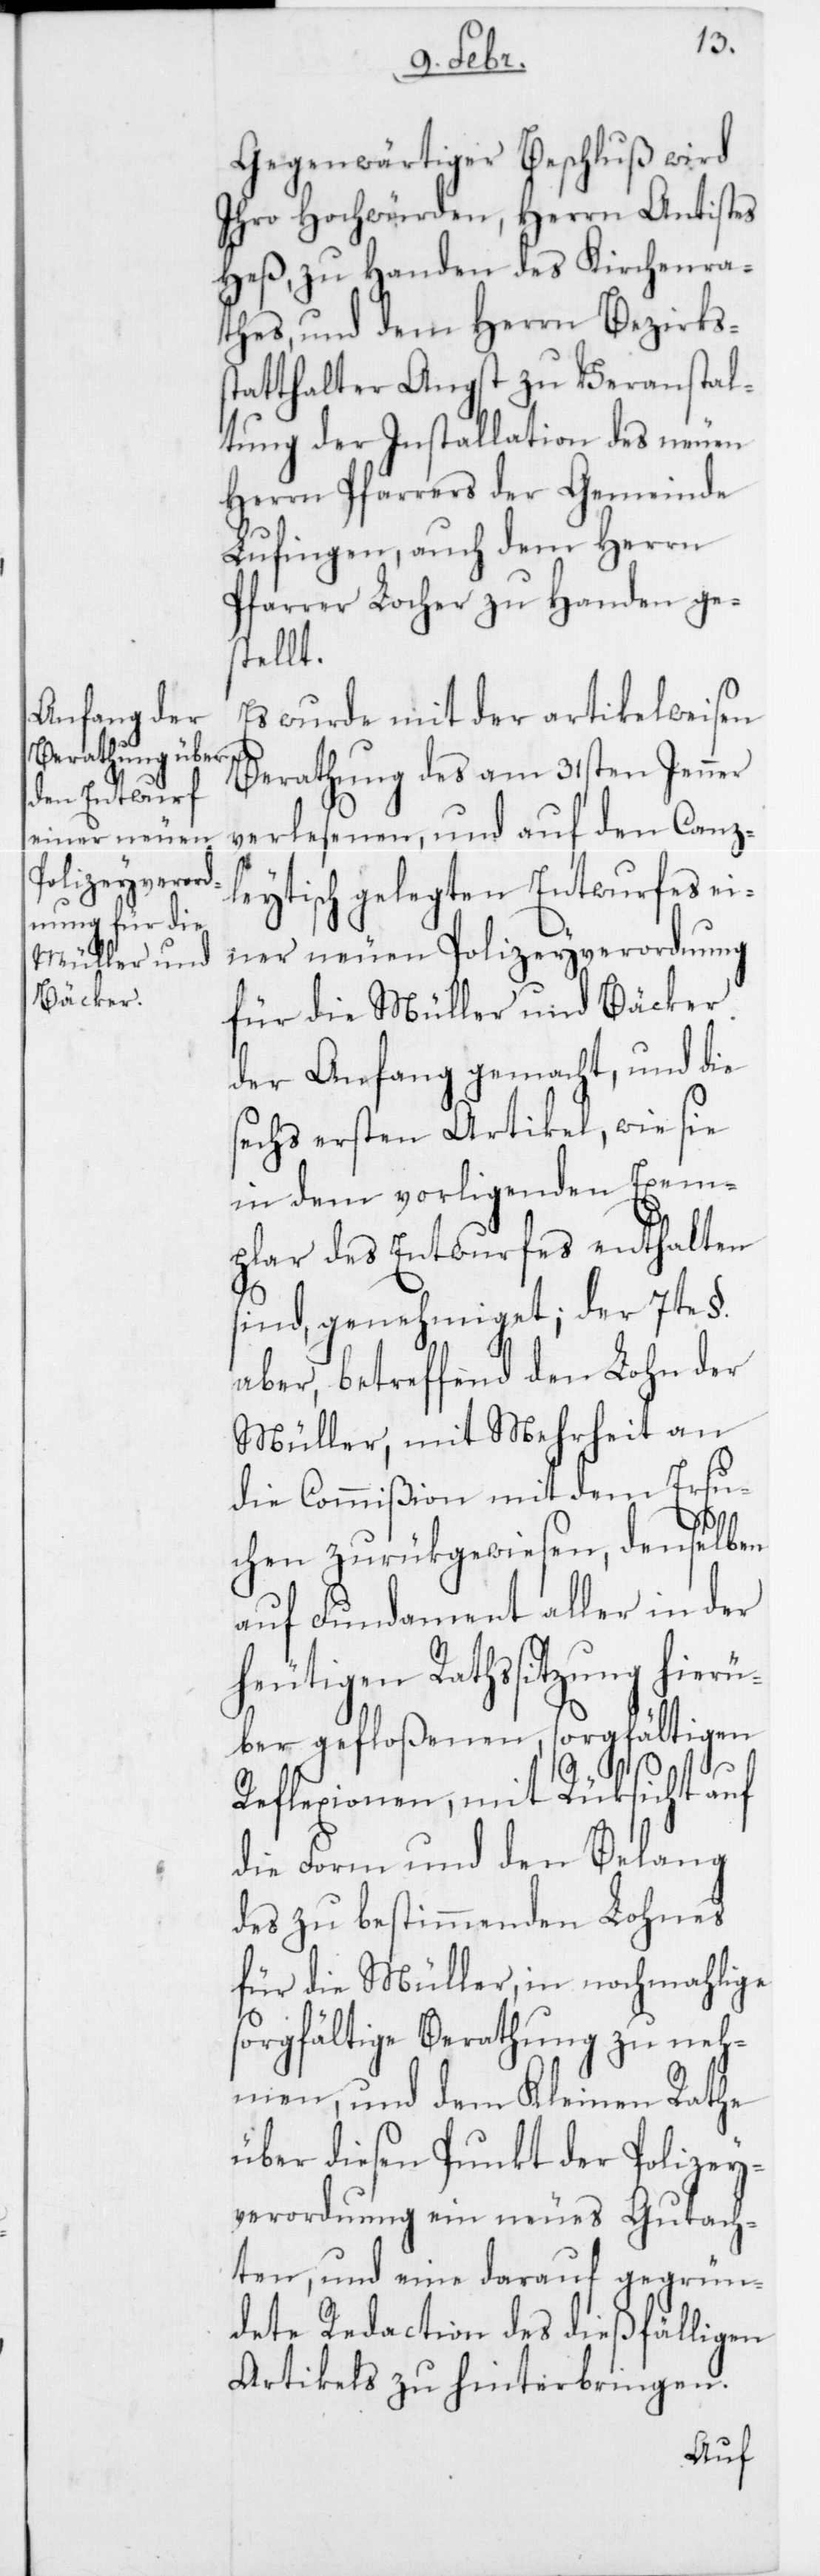
Gegenwärtiger Beschluß wird
Ihro Hochwürden, Herrn Antistes
Heß, zu Handen des Kirchenra¬
thes, und dem Herrn Bezirkss¬
tatthalter Angst zu Veranstal¬
tung der Installation des neuen
Herrn Pfarrers der Gemeinde
Lufingen, auch dem Herrn
Pfarrer Locher zu Handen ges¬
tellt.
Es wurde mit der artikelweisen
Berathung des am 31sten Jenner
verlesenen, und auf den Canz¬
leytisch gelegten Entwurfes ei¬
ner neuen Polizeyverordnung
für die Müller und Bäcker
der Anfang gemacht, und die
sechs ersten Artikel, wie sie
in dem vorligenden Exem¬
plar des Entwurfes enthalten
sind, genehmiget; der 7te
aber, betreffend den Lohn der
Müller, mit Mehrheit an
die Commißion mit dem Ersu¬
chen zurükgewiesen, denselben
auf Fundament aller in der
heutigen Rathssitzung hie¬
rüber gefloßenen, sorgfältigen
Reflexionen, mit Rüksicht auf
die Form und den Belang
des zu bestimmenden Lohnes
für die Müller, in nochmahlige
sorgfältige Berathung zu neh¬
men, und dem Kleinen Rathe
über diesen Punkt der Polizey¬
verordnung ein neues Gutach¬
ten, und eine darauf gegrün¬
dete Redaction des dießfälligen
Artikels zu hinterbringen.